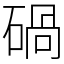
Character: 碢